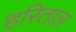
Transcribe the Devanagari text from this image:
हरिताल